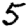
Digit: 5